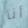
أنا